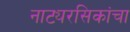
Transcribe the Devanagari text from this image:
नाट्यरसिकांचा